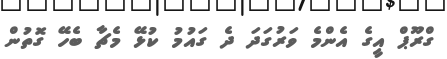
ގްރޫޕް އީގެ އެންމެ ވަރުގަދަ ދެ ގައުމު ކުޅޭ މެޗާ ބެހޭ ގޮތުން